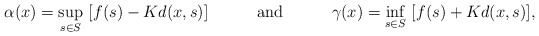
\begin{align*}\alpha(x)=\sup_{s\in S}\ [f(s)-Kd(x,s)]\ \ \ \ \ \ \ \ \ \mathrm{and}\ \ \ \ \ \ \ \ \ \gamma(x)=\inf_{s\in S}\ [f(s)+Kd(x,s)],\end{align*}